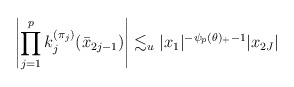
\begin{align*}\left|\prod_{j=1}^pk_j^{(\pi_j)}(\bar{x}_{2j-1})\right|\lesssim_{u}|x_{1}|^{-\psi_{p}(\theta)_{+}-1}|x_{2J}|\end{align*}